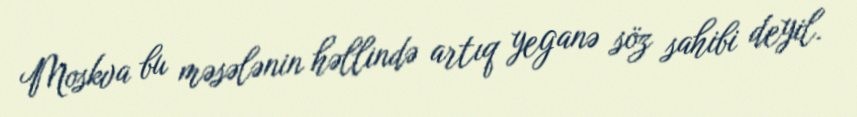
Moskva bu məsələnin həllində artıq yeganə söz sahibi deyil.